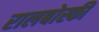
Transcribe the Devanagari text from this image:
रालबोस्की